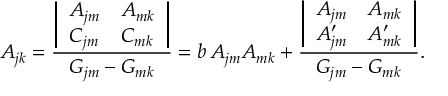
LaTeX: A _ { j k } = { \frac { \biggl | \begin{array} { l l } { { A _ { j m } } } & { { A _ { m k } } } \\ { { C _ { j m } } } & { { C _ { m k } } } \end{array} \biggr | } { G _ { j m } - G _ { m k } } } = b \, A _ { j m } A _ { m k } + { \frac { \biggl | \begin{array} { l l } { { A _ { j m } } } & { { A _ { m k } } } \\ { { A \sp \prime _ { j m } } } & { { A \sp \prime _ { m k } } } \end{array} \biggr | } { G _ { j m } - G _ { m k } } } .